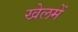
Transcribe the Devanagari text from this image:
खेलमें